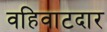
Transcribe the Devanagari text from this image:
वहिवाटदार